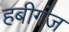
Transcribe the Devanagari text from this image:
हबीगंज